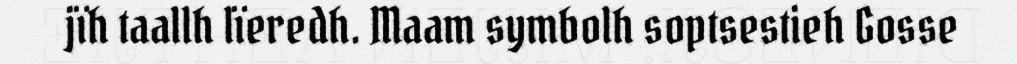
jïh taallh lïeredh. Maam symbolh soptsestieh Gosse